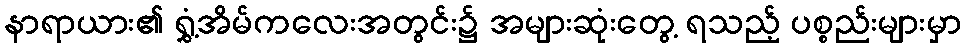
နာရာယား၏ ရွှံ့အိမ်ကလေးအတွင်း၌ အများဆုံးတွေ့ ရသည့် ပစ္စည်းများမှာ